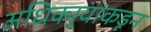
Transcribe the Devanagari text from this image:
अधिकार्‍यांकडून